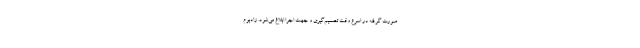
صورت گرفته در اسرع وقت تصمیم‌گیری و جهت اجرا ابلاغ می‌شود. زادبوم